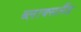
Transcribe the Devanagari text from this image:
ब्लाक्सलैंड